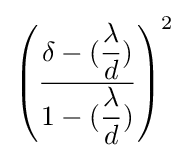
\left({\dfrac {\delta -({\dfrac {\lambda }{d}})}{1-({\dfrac {\lambda }{d}})}}\right)^{2}